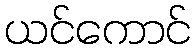
ယင်ကောင်